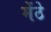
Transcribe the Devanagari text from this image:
मेंठे